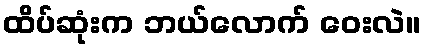
ထိပ်ဆုံးက ဘယ်လောက် ဝေးလဲ။